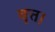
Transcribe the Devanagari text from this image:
वृत्त।